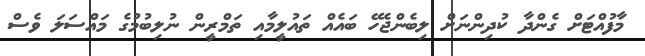
މާފުއްޓަށް ގެންދާ ކުދިންނަށް ލިބެންޖެހޭ ބައެއް ތައުލީމާއި ތަމްރީން ނުލިބުމުގެ މައްސަލަ ވެސް